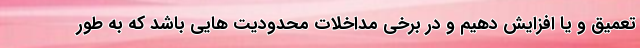
تعمیق و یا افزایش دهیم و در برخی مداخلات محدودیت هایی باشد که به طور